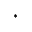
^ { \, * }